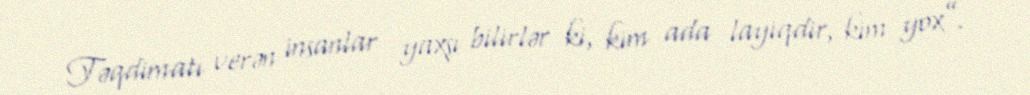
Təqdimatı verən insanlar yaxşı bilirlər ki, kim ada layiqdir, kim yox”.